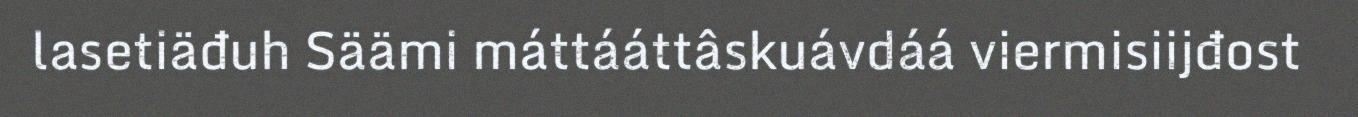
lasetiäđuh Säämi máttááttâskuávdáá viermisiijđost